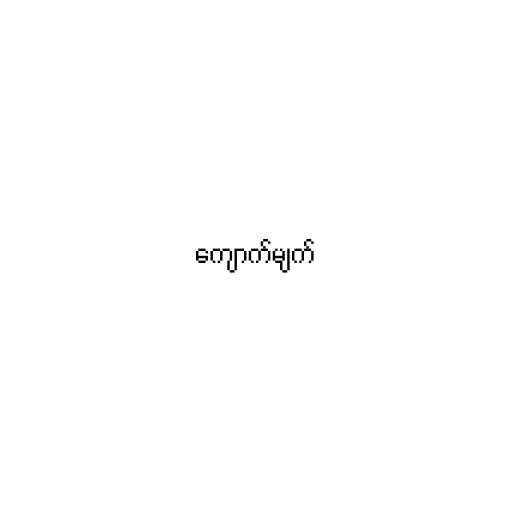
ကျောက်မျက်